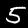
Digit: 5